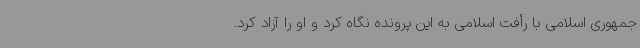
جمهوری اسلامی با رأفت اسلامی به این پرونده نگاه کرد و او را آزاد کرد.